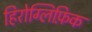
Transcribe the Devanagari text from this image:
हिरोग्लिफ़िक